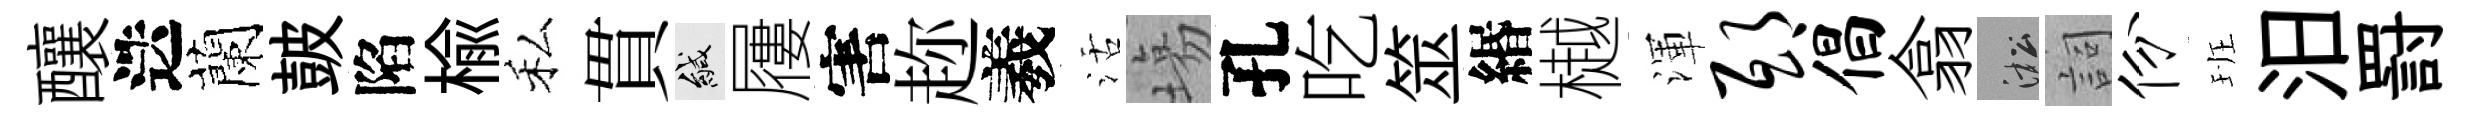
釀迭蘭皷陷楡私貫緘屨害趂羲活塲孔吃筮緡樾渾邸倡翕淞詞份班汨罸